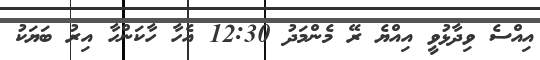
އިއްސެ ވިދާޅުވީ އިއްޔެ ރޭ މެންމަދު 12:30 އެހާ ހާކަންހާ އިރު ބަޔަކު